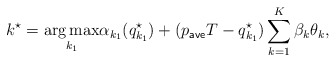
\begin{align*}k^{\star} = \underset{k_1}{\arg \max} \alpha_{k_1} (q_{k_1}^{\star}) + (p_{\sf ave} T - q_{k_1}^{\star}) \sum \limits_{k=1}^K \beta_k \theta_k, \end{align*}